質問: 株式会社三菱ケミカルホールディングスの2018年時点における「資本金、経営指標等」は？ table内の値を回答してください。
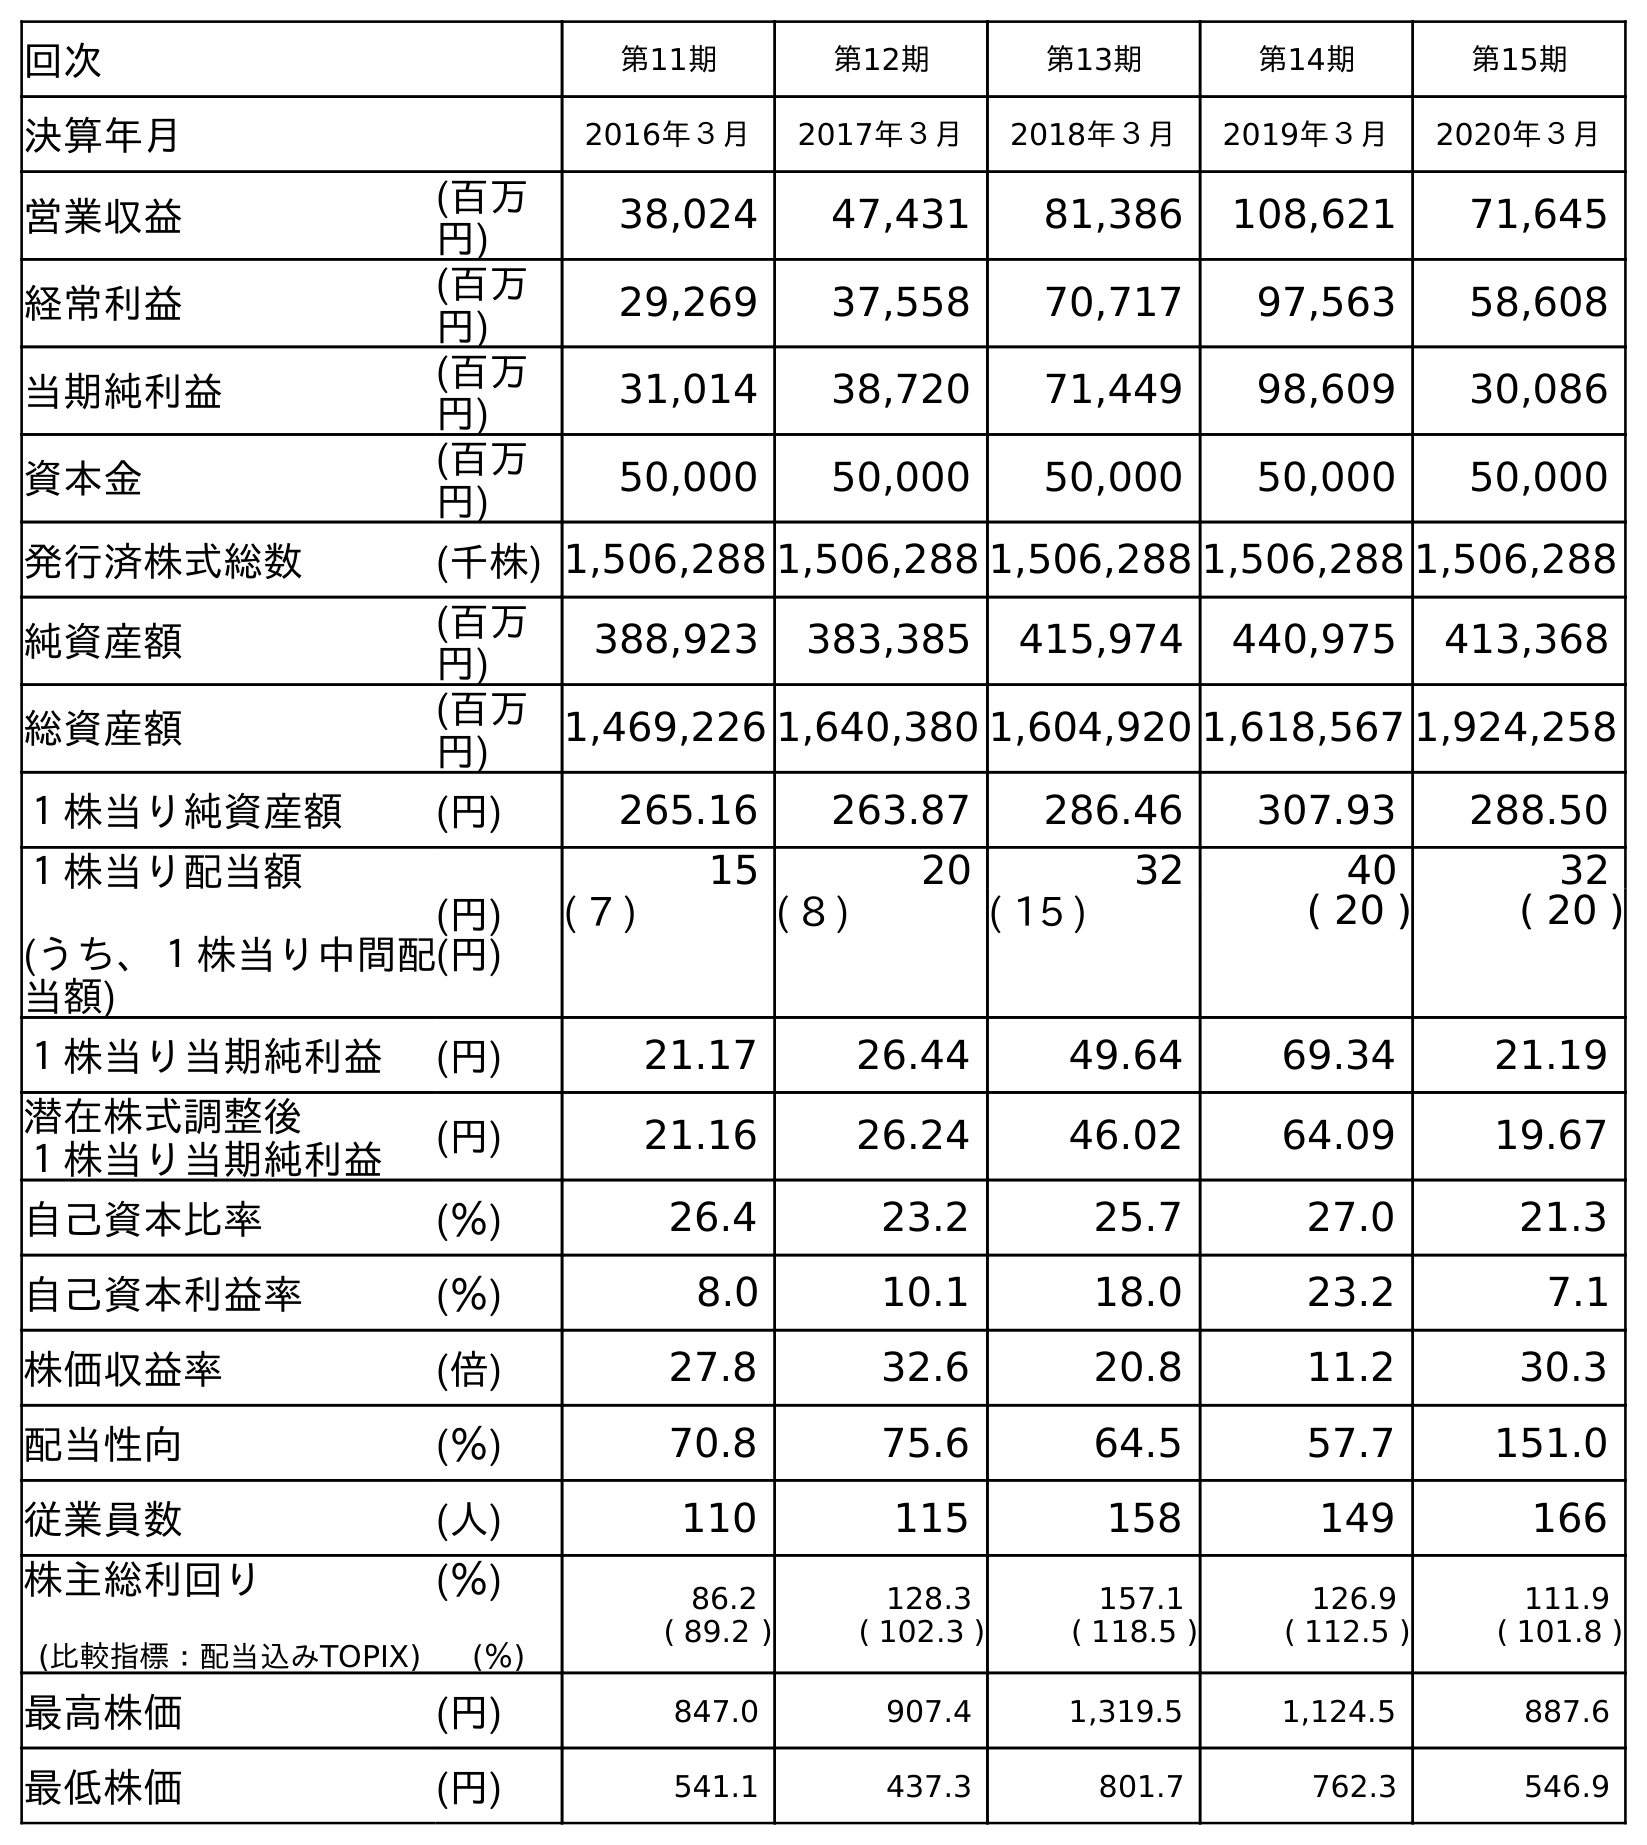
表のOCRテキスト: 回次 第11期 第12期 第13期 第14期 第15期 決算年月 2016年３月 2017年３月 2018年３月 2019年３月 2020年３月 営業収益 (百万 円) 38,024 47,431 81,386 108,621 71,645 経常利益 (百万 円) 29,269 37,558 70,717 97,563 58,608 当期純利益 (百万 円) 31,014 38,720 71,449 98,609 30,086 資本金 (百万 円) 50,000 50,000 50,000 50,000 50,000 発行済株式総数 (千株) 1,506,288 1,506,288 1,506,288 1,506,288 1,506,288 純資産額 (百万 円) 388,923 383,385 415,974 440,975 413,368 総資産額 (百万 円) 1,469,226 1,640,380 1,604,920 1,618,567 1,924,258 １株当り純資産額 (円) 265.16 263.87 286.46 307.93 288.50 １株当り配当額 (うち、１株当り中間配 当額) (円) (円) 15 20 32 40 32 ( 7 ) ( 8 ) ( 15 ) ( 20 ) ( 20 ) １株当り当期純利益 (円) 21.17 26.44 49.64 69.34 21.19 潜在株式調整後 １株当り当期純利益 (円) 21.16 26.24 46.02 64.09 19.67 自己資本比率 (％) 26.4 23.2 25.7 27.0 21.3 自己資本利益率 (％) 8.0 10.1 18.0 23.2 7.1 株価収益率 (倍) 27.8 32.6 20.8 11.2 30.3 配当性向 (％) 70.8 75.6 64.5 57.7 151.0 従業員数 (人) 110 115 158 149 166 株主総利回り (比較指標：配当込みTOPIX) (％) (％) 86.2 ( 89.2 ) 128.3 ( 102.3 ) 157.1 ( 118.5 ) 126.9 ( 112.5 ) 111.9 ( 101.8 ) 最高株価 (円) 847.0 907.4 1,319.5 1,124.5 887.6 最低株価 (円) 541.1 437.3 801.7 762.3 546.9
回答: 50,000